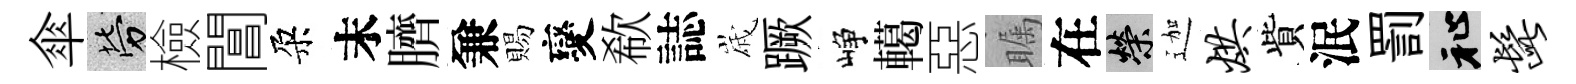
傘勞檢閶朶末臍兼賜變欷誌𡻕蹶峥轕惡瞩在榮迦烘貲泯罰祉髭